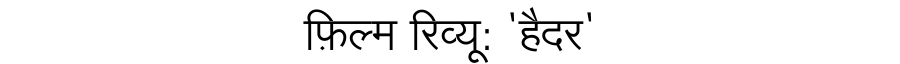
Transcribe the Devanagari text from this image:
फ़िल्म रिव्यू: 'हैदर'